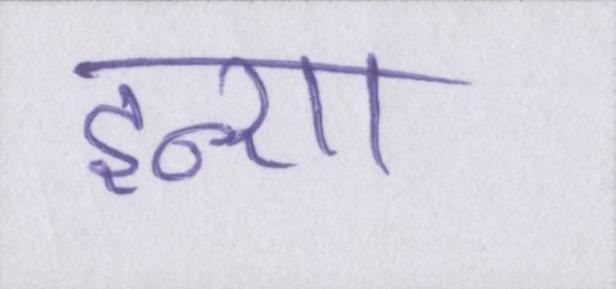
इन्शा